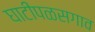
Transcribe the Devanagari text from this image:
घाटीपळसगाव